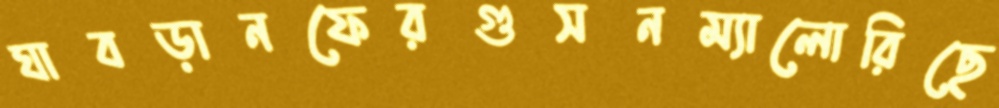
ঘাবড়ানফেরগুসনম্যালোরিছে